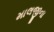
માલજીના